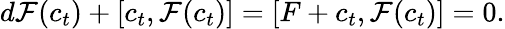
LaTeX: d{\cal F}(c_{t})+[c_{t},{\cal F}(c_{t})]=[F+c_{t},{\cal F}(c_{t})]=0.